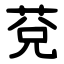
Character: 莌